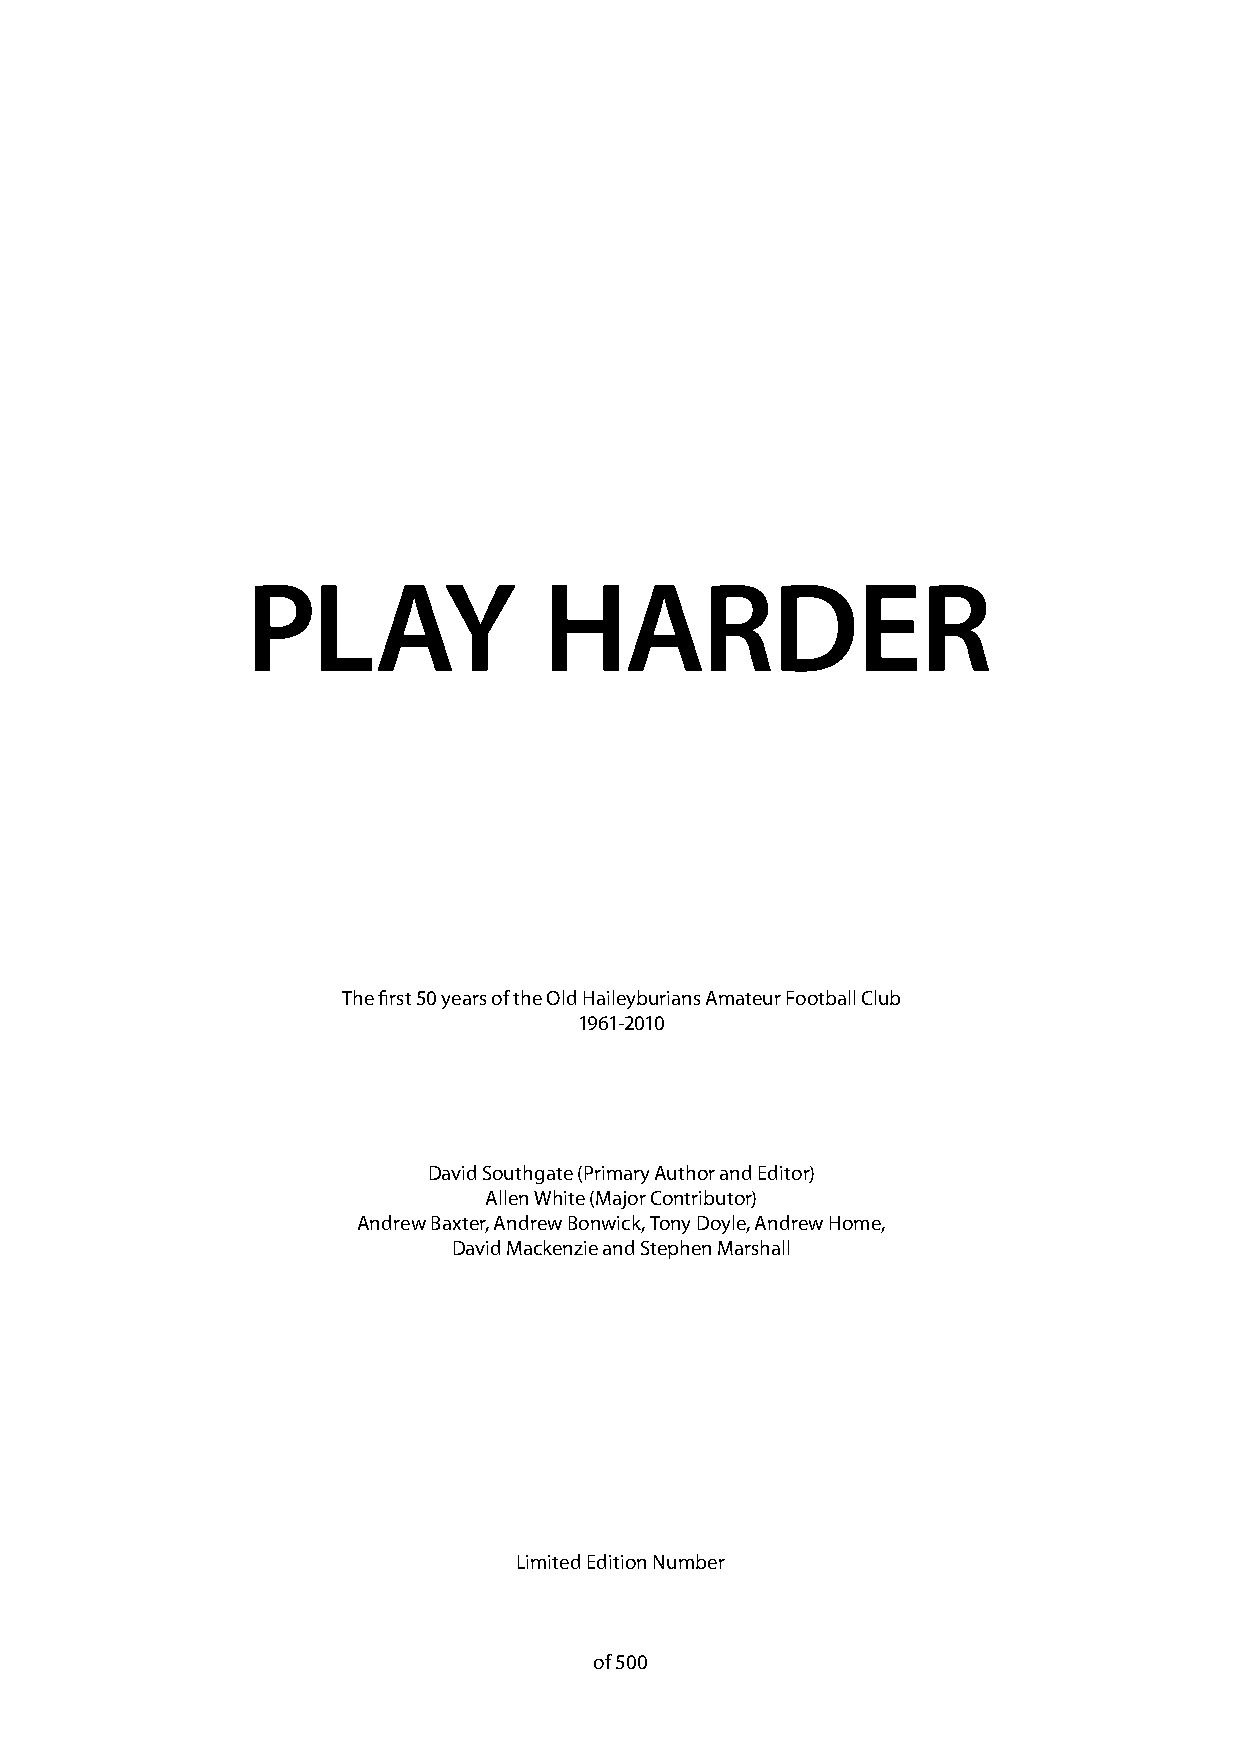
PLAY                HARDER
 The first 50 years of the Old Haileyburians Amateur Football Club
 1961-2010
 David Southgate (Primary Author and Editor)
 Allen White (Major Contributor)
 Andrew Baxter, Andrew Bonwick, Tony Doyle, Andrew Home,
 David Mackenzie and Stephen Marshall
 Limited Edition Number
 of 500